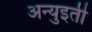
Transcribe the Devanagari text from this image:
अन्युइती